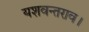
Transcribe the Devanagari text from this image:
यशवन्तराव।